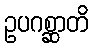
ဥပဂစ္ဆာတိ